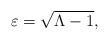
LaTeX: \begin{align*}\varepsilon=\sqrt{\Lambda-1},\end{align*}